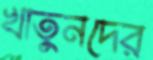
খাতুনদের